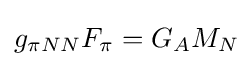
g_{\pi NN}F_{\pi }=G_{A}M_{N}